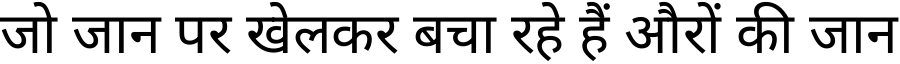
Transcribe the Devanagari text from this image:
जो जान पर खेलकर बचा रहे हैं औरों की जान